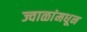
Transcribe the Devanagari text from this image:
ज्वाळांमधून